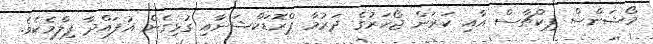
މޯޝަންސް ޕިކްޗާސް އާއި ކަރަން ޖޯހަރުގެ ދަރުމާ ޕްރޮޑަކްޝަނާއި ގުޅިގެން އުފައްދާ ފިލްމެކެވެ.